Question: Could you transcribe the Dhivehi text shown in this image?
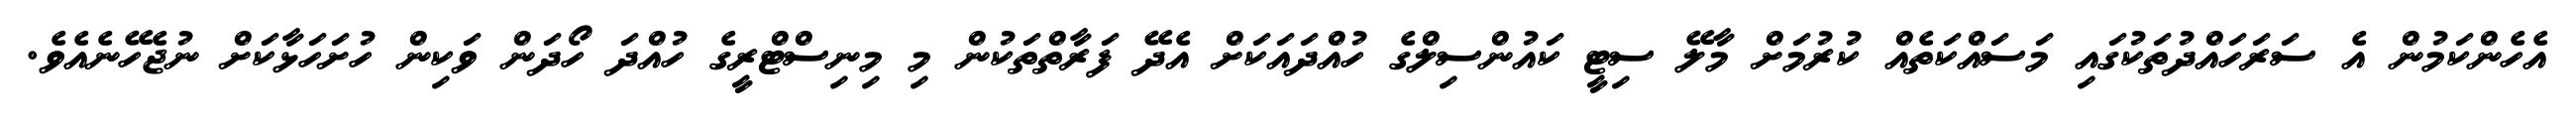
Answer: އެހެންކަމުން އެ ސަރަހައްދުތަކުގައި މަސައްކަތެއް ކުރުމަށް މާލޭ ސިޓީ ކައުންސިލްގެ ހުއްދައަކަށް އެދޭ ފަރާތްތަކުން މި މިނިސްޓްރީގެ ހުއްދަ ހޯދަން ވަކިން ހުށަހަޅާކަށް ނުޖެހޭނެއެވެ.